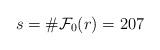
LaTeX: \begin{align*}s=\#\mathcal{F}_0(r)=207\end{align*}